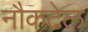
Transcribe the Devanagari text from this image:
नौकटेल